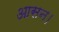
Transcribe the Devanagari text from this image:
आसन।